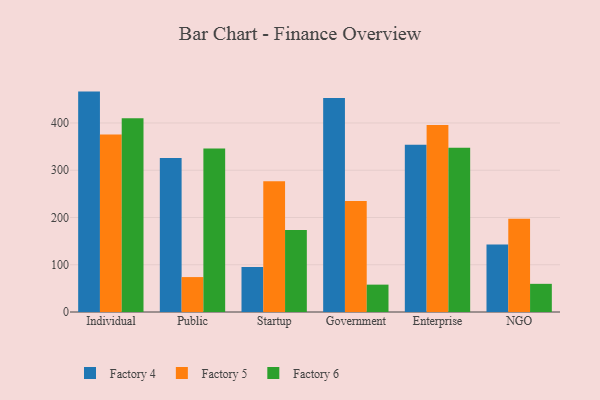
{"axis": {"x": "Segment", "y": "Page Views"}, "legend": ["Factory 4", "Factory 5", "Factory 6"], "data": [{"x": "Individual", "y": 466.4, "type": "Factory 4"}, {"x": "Individual", "y": 375.6, "type": "Factory 5"}, {"x": "Individual", "y": 409.8, "type": "Factory 6"}, {"x": "Public", "y": 326.0, "type": "Factory 4"}, {"x": "Public", "y": 73.9, "type": "Factory 5"}, {"x": "Public", "y": 345.9, "type": "Factory 6"}, {"x": "Startup", "y": 95.0, "type": "Factory 4"}, {"x": "Startup", "y": 276.6, "type": "Factory 5"}, {"x": "Startup", "y": 173.4, "type": "Factory 6"}, {"x": "Government", "y": 452.9, "type": "Factory 4"}, {"x": "Government", "y": 234.7, "type": "Factory 5"}, {"x": "Government", "y": 57.9, "type": "Factory 6"}, {"x": "Enterprise", "y": 354.0, "type": "Factory 4"}, {"x": "Enterprise", "y": 395.7, "type": "Factory 5"}, {"x": "Enterprise", "y": 347.5, "type": "Factory 6"}, {"x": "NGO", "y": 142.7, "type": "Factory 4"}, {"x": "NGO", "y": 197.2, "type": "Factory 5"}, {"x": "NGO", "y": 59.6, "type": "Factory 6"}]}